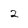
Character: 2